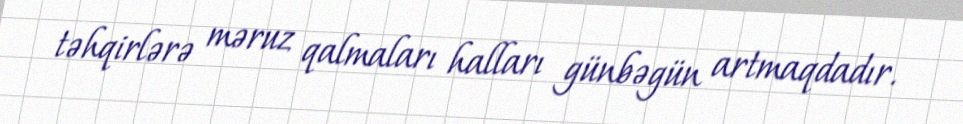
təhqirlərə məruz qalmaları halları günbəgün artmaqdadır.